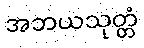
အဘယသုတ္တံ